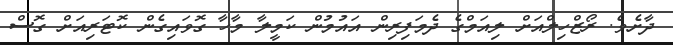
ދާށެވެ. ރޯޒްހިލްއަށް ލިއަމްގެ ދެމަފިރިން އައުމުން ކަމީލާ މާހާ ގޮވައިގެން ކޮޓަރިއަށް ގޮސް